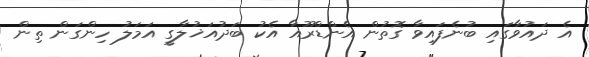
އެ ދައުވާގައި ބުނެފައިވާ ގޮތުން އެންޑްރޫއާ އެކު ބަދުއަޚުލާގީ އަމަލު ހިންގަން ތިން